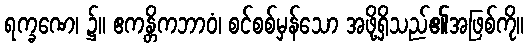
ရက္ခဏေ၊ ၌။ ဧကန္တိကဘာဝံ၊ စင်စစ်မှန်သော အဖို့ရှိသည်၏အဖြစ်ကို။